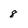
Character: 8